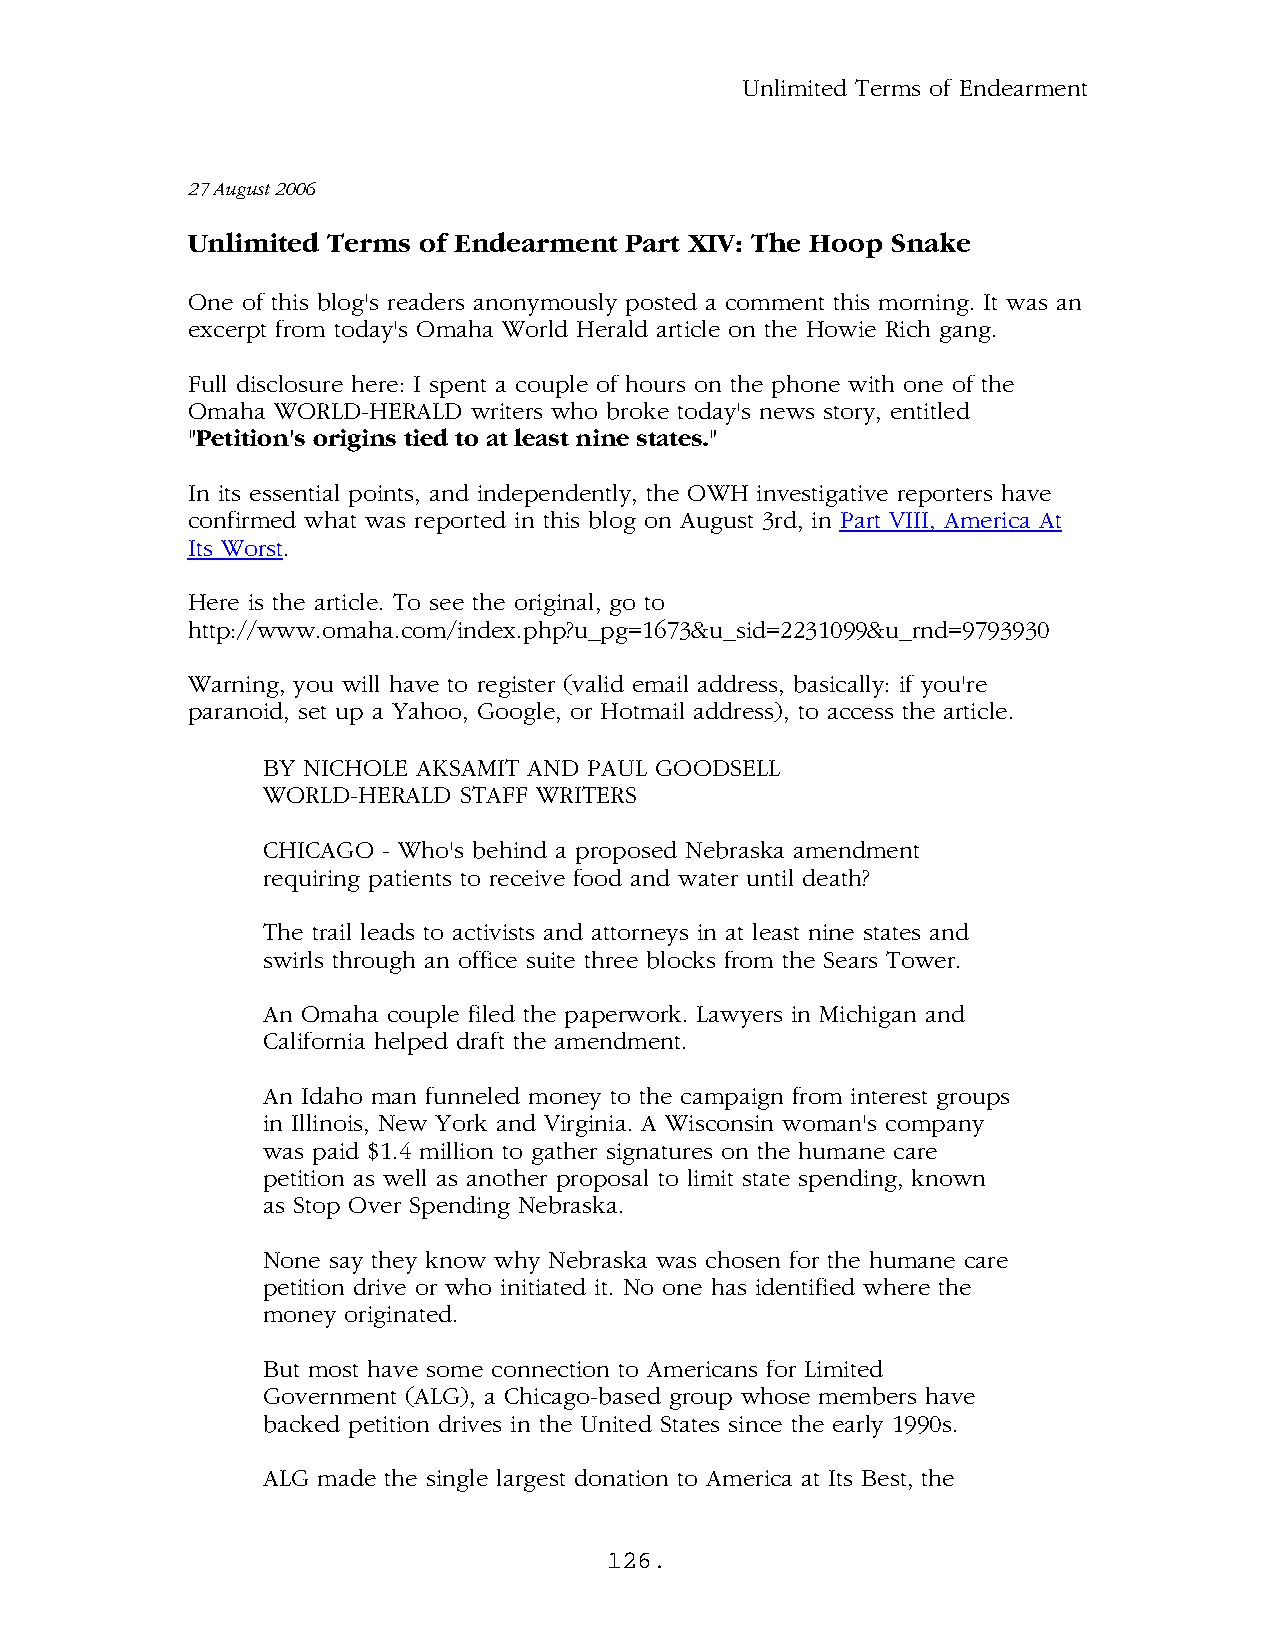
Unlimited Terms of Endearment
 27 August 2006
 Unlimited Terms of Endearment Part XIV: The Hoop Snake
 One of this blog's readers anonymously posted a comment this morning. It was an
 excerpt from today's Omaha World Herald article on the Howie Rich gang.
 Full disclosure here: I spent a couple of hours on the phone with one of the
 Omaha WORLD-HERALD writers who broke today's news story, entitled
 "Petition's origins tied to at least nine states."
 In its essential points, and independently, the OWH investigative reporters have
 confirmed what was reported in this blog on August 3rd, in Part VIII, America At
 Its Worst.
 Here is the article. To see the original, go to
 http://www.omaha.com/index.php?u_pg=1673&u_sid=2231099&u_rnd=9793930
 Warning, you will have to register (valid email address, basically: if you're
 paranoid, set up a Yahoo, Google, or Hotmail address), to access the article.
 BY NICHOLE AKSAMIT AND PAUL GOODSELL
 WORLD-HERALD STAFF WRITERS
 CHICAGO - Who's behind a proposed Nebraska amendment
 requiring patients to receive food and water until death?
 The trail leads to activists and attorneys in at least nine states and
 swirls through an office suite three blocks from the Sears Tower.
 An Omaha couple filed the paperwork. Lawyers in Michigan and
 California helped draft the amendment.
 An Idaho man funneled money to the campaign from interest groups
 in Illinois, New York and Virginia. A Wisconsin woman's company
 was paid $1.4 million to gather signatures on the humane care
 petition as well as another proposal to limit state spending, known
 as Stop Over Spending Nebraska.
 None say they know why Nebraska was chosen for the humane care
 petition drive or who initiated it. No one has identified where the
 money originated.
 But most have some connection to Americans for Limited
 Government (ALG), a Chicago-based group whose members have
 backed petition drives in the United States since the early 1990s.
 ALG made the single largest donation to America at Its Best, the
 126.